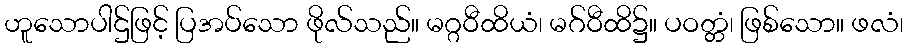
ဟူသောပါဌ်ဖြင့် ပြအပ်သော ဖိုလ်သည်။ မဂ္ဂဝီထိယံ၊ မဂ်ဝီထိ၌။ ပဝတ္တံ၊ ဖြစ်သော။ ဖလံ၊